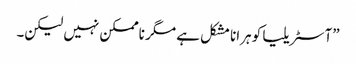
”آسٹریلیا کو ہرانا مشکل ہے مگر ناممکن نہیں لیکن۔